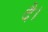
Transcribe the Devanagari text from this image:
दै।